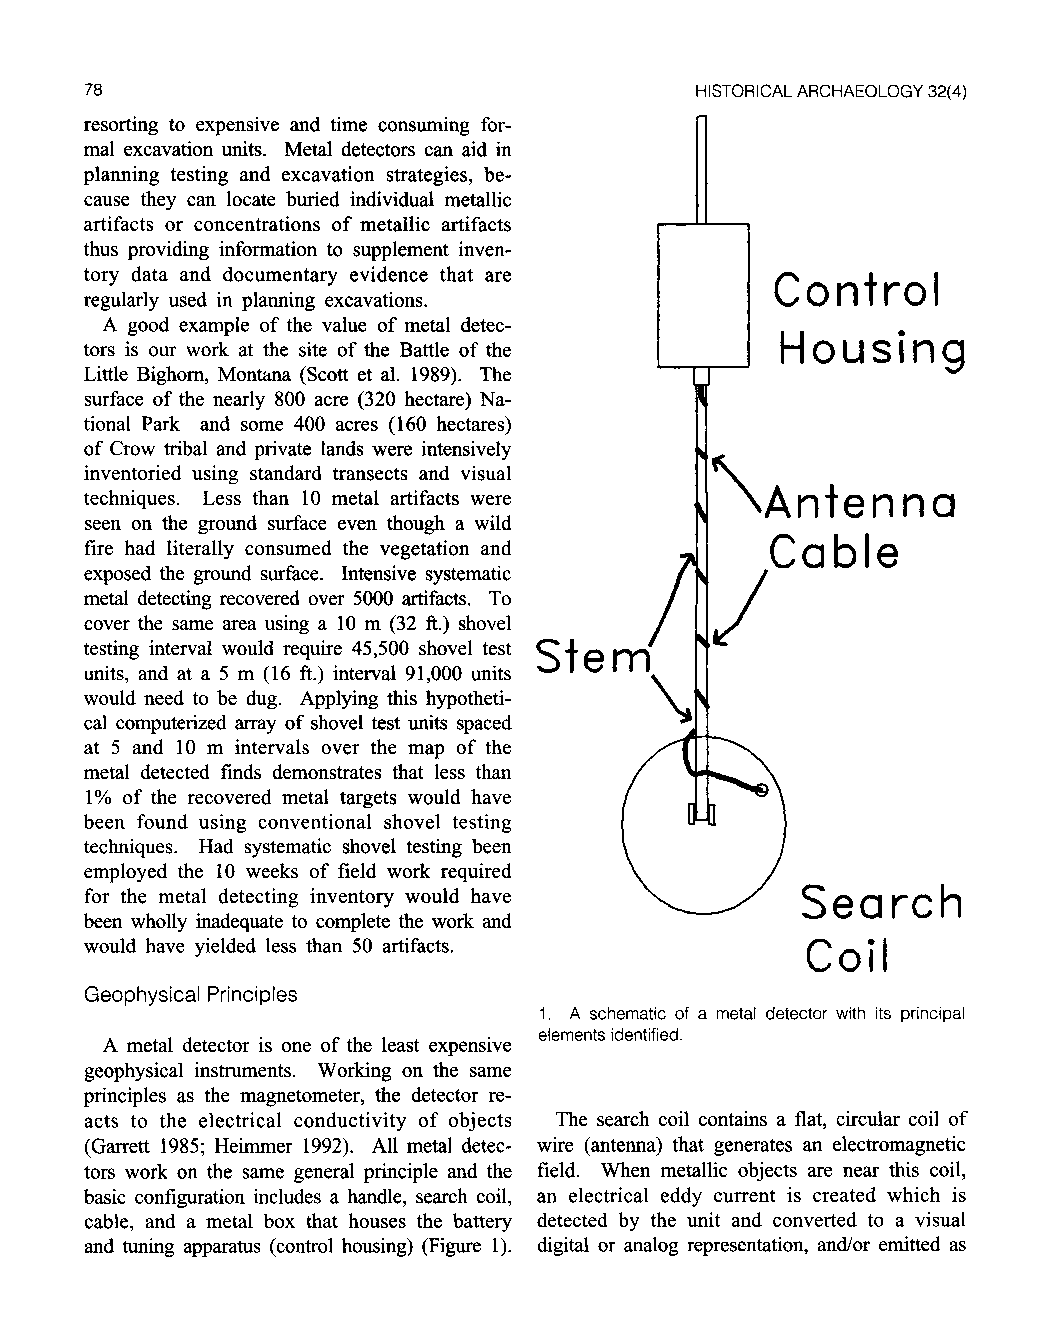
78 HISTORICAL ARCHAEOLOGY 32(4)
 resorting to expensive and time consuming for
 mal excavation units. Metal detectors can aid in
 planning testing and excavation strategies, be
 cause they can locate buried individual metallic
 artifacts or concentrations of metallic artifacts
 thus providing information to supplement inven
 tory data and documentary evidence that are
 Control
 regularly used in planning excavations.
 A good example of the value of metal detec
 tors is our work at the site of the Battle of the
 Housing
 Little Bighorn, Montana (Scott et al. 1989). The
 surface of the nearly 800 acre (320 hectare) Na
 tional Park and some 400 acres (160 hectares) n
 of Crow tribal and private lands were intensively
 inventoried using standard transects and visual
 techniques. Less than 10 metal artifacts were
 seen on the ground surface even though a wild >*\Antenna
 fire had literally consumed the vegetation and * Cable
 exposed the ground surface. Intensive systematic
 metal detecting recovered over 5000 artifacts. To
 cover the same area using a 10 m (32 ft.) shovel
 testing interval would require 45,500 shovel test sS,t em /:/
 units, and at a 5 m (16 ft.) interval 91,000 units
 would need to be dug. Applying this hypotheti
 cal computerized array of shovel test units spaced
 at 5 and 10 m intervals over the map of the
 metal detected finds demonstrates that less than
 1% of the recovered metal targets would have
 been found using conventional shovel testing
 techniques. Had systematic shovel testing been
 employed the 10 weeks of field work required
 for the metal detecting inventory would have v-?y Search
 been wholly inadequate to complete the work and
 would have yielded less than 50 artifacts.
 Coil
 Geophysical Principles
 1. A schematic of a metal detector with its principal
 elements identified.
 A metal detector is one of the least expensive
 geophysical instruments. Working on the same
 principles as the magnetometer, the detector re
 acts to the electrical conductivity of objects The search coil contains a flat, circular coil of
 (Garrett 1985; Heimmer 1992). All metal detec wire (antenna) that generates an electromagnetic
 tors work on the same general principle and the field. When metallic objects are near this coil,
 basic configuration includes a handle, search coil, an electrical eddy current is created which is
 cable, and a metal box that houses the battery detected by the unit and converted to a visual
 and tuning apparatus (control housing) (Figure 1). digital or analog representation, and/or emitted as